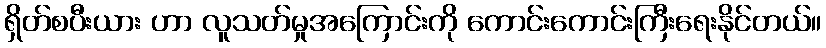
ရှိတ်စပီးယား ဟာ လူသတ်မှုအကြောင်းကို ကောင်းကောင်းကြီးရေးနိုင်တယ်။